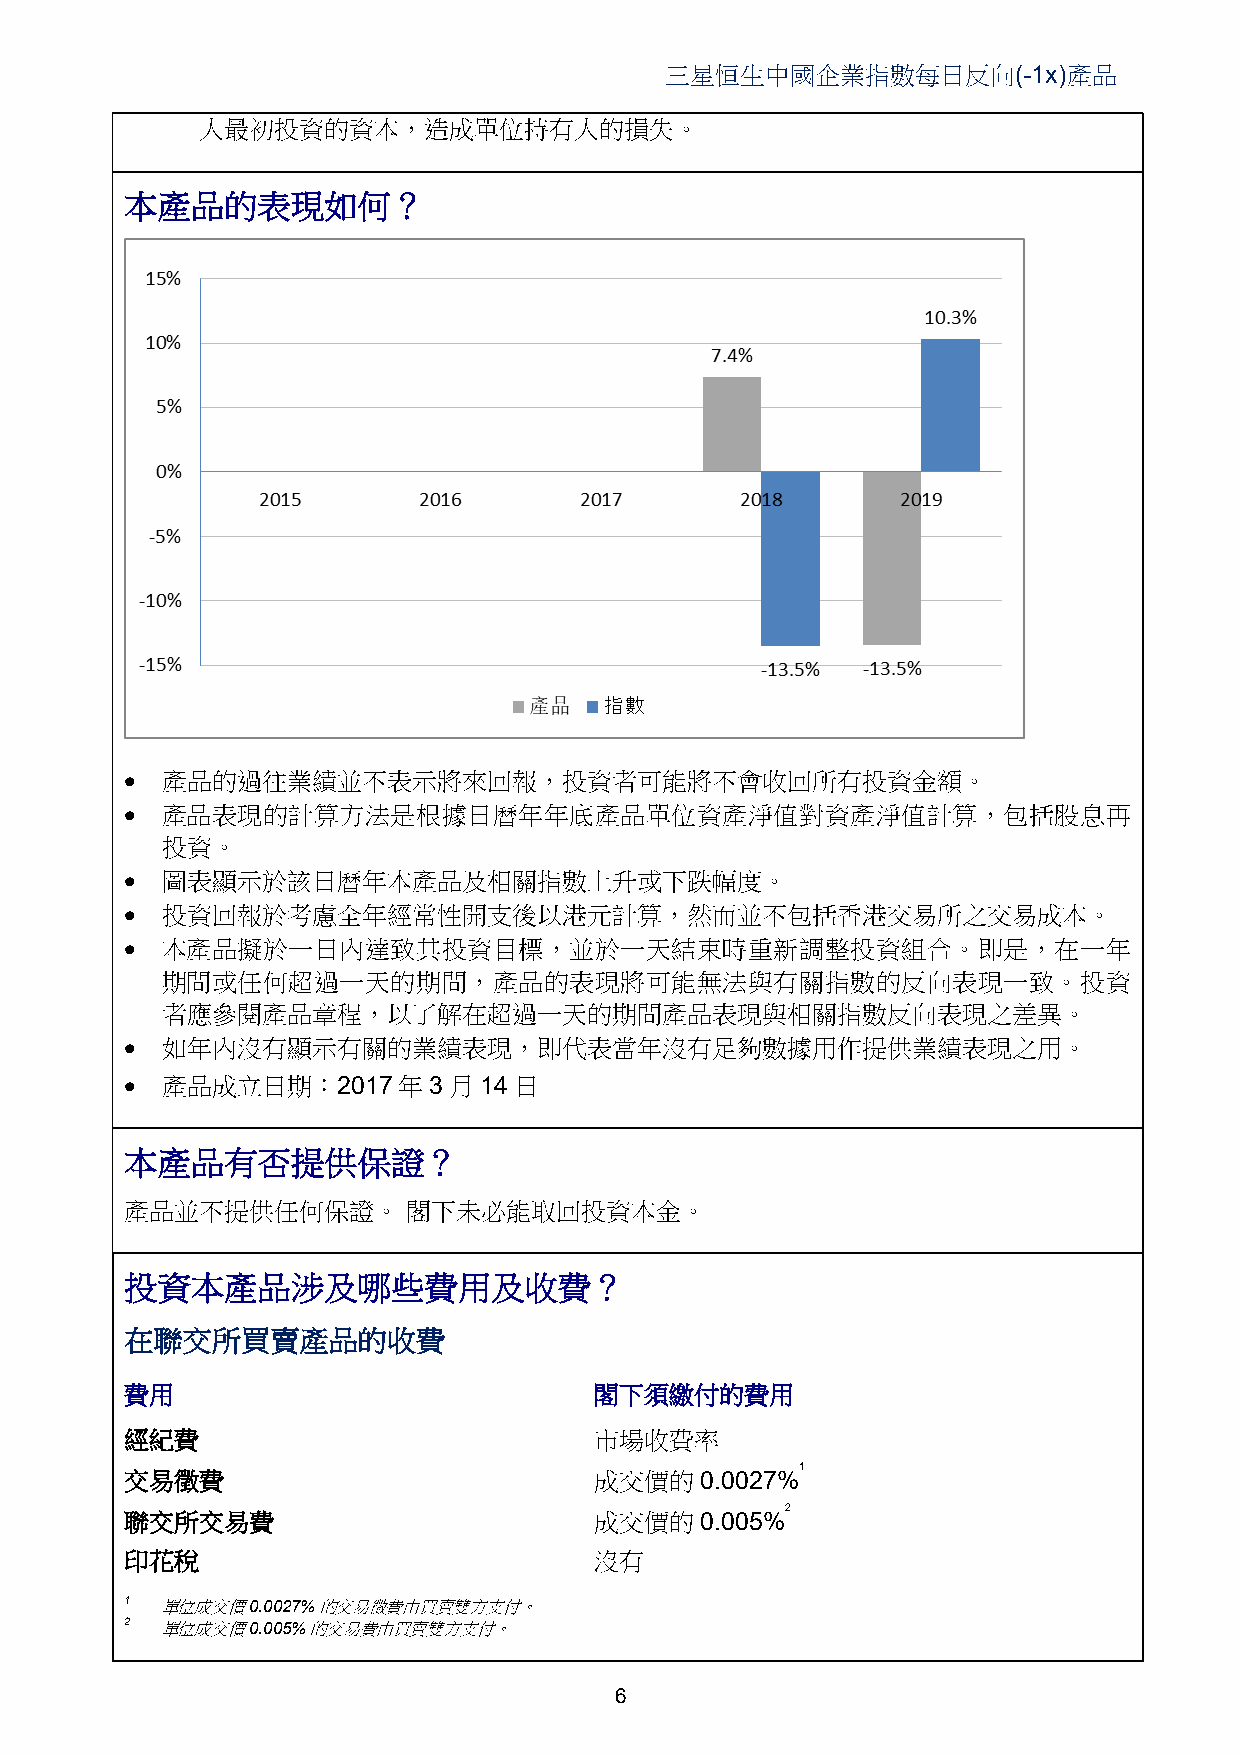
三星恒生中國企業指數每日反向(-1x)產品
 人最初投資的資本，造成單位持有人的損失。
 本產品的表現如何？
   產品的過往業績並不表示將來回報，投資者可能將不會收回所有投資金額。
   產品表現的計算方法是根據日曆年年底產品單位資產淨值對資產淨值計算，包括股息再
 投資。
   圖表顯示於該日曆年本產品及相關指數上升或下跌幅度。
   投資回報於考慮全年經常性開支後以港元計算，然而並不包括香港交易所之交易成本。
   本產品擬於一日內達致其投資目標，並於一天結束時重新調整投資組合。即是，在一年
 期間或任何超過一天的期間，產品的表現將可能無法與有關指數的反向表現一致。投資
 者應參閱產品章程，以了解在超過一天的期間產品表現與相關指數反向表現之差異。
   如年內沒有顯示有關的業績表現，即代表當年沒有足夠數據用作提供業績表現之用。
   產品成立日期：2017年3月14日
 本產品有否提供保證？
 產品並不提供任何保證。        閣下未必能取回投資本金。
 投資本產品涉及哪些費用及收費？
 在聯交所買賣產品的收費
 費用                             閣下須繳付的費用
 經紀費                            市場收費率
 1
 交易徵費                           成交價的0.0027%
 2
 聯交所交易費                         成交價的0.005%
 印花稅                            沒有
 1  單位成交價0.0027% 的交易徵費由買賣雙方支付。
 2  單位成交價0.005% 的交易費由買賣雙方支付。
 6